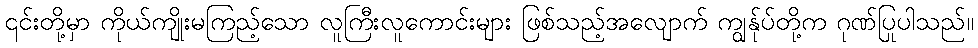
၎င်းတို့မှာ ကိုယ်ကျိုးမကြည့်သော လူကြီးလူကောင်းများ ဖြစ်သည့်အလျောက် ကျွန်ုပ်တို့က ဂုဏ်ပြုပါသည်။